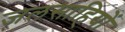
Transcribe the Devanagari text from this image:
जलसाहियों